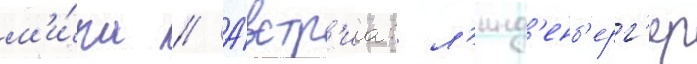
м'и́ра // А́встр'иа: л'инд'енб'ерг'ер